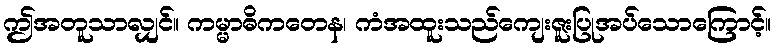
ဤအတူသာလျှင်။ ကမ္မာဓိကတေန၊ ကံအထူးသည်ကျေးဇူးပြုအပ်သောကြောင့်။